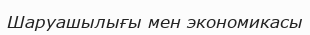
Шаруашылығы мен экономикасы